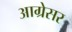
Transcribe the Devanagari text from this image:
आग्रेसर